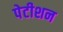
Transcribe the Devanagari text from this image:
पेटीशन